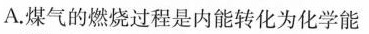
A.煤气的燃烧过程是内能转化为化学能